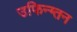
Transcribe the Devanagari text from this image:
उफिन्ग्तन